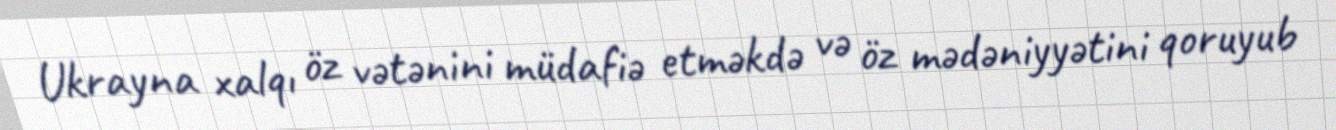
Ukrayna xalqı öz vətənini müdafiə etməkdə və öz mədəniyyətini qoruyub